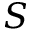
S